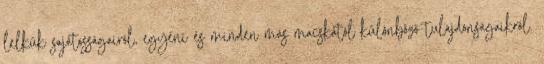
lelkük sajátosságairól, egyéni és minden más macskától különböző tulajdonságaikról.